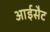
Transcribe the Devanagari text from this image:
आईसैट